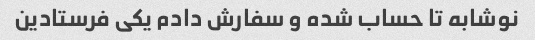
نوشابه تا حساب شده و سفارش دادم یکی فرستادین